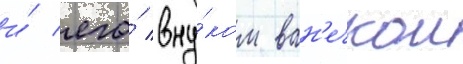
и́ его́ вну́ком ван'ечкои